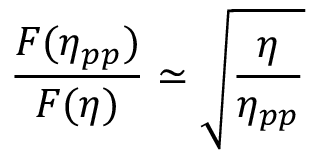
\frac { F ( \eta _ { p p } ) } { F ( \eta ) } \simeq \sqrt { \frac { \eta } { \eta _ { p p } } }